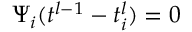
\Psi _ { i } ( t ^ { l - 1 } - t _ { i } ^ { l } ) = 0